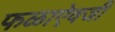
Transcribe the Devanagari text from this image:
फळाऐवजी